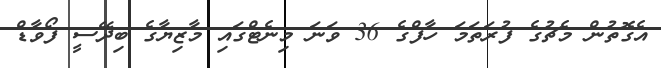
އެގޮތުން މެޗުގެ ފުރަަތަމަ ހާފްގެ 36 ވަނަ މިނެޓްގައި މާޒިޔާގެ ބިދޭސީ ފޯވާޑް